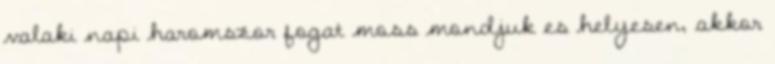
valaki napi haromszor fogat moss mondjuk es helyesen, akkor